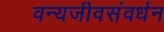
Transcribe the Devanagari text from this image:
वन्यजीवसंवर्धन